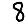
Digit: 8